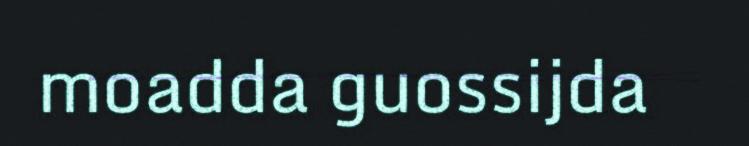
moadda guossijda